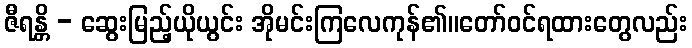
ဇီရန္တိ - ဆွေးမြည့်ယိုယွင်း အိုမင်းကြလေကုန်၏။တော်ဝင်ရထားတွေလည်း